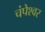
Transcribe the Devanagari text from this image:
चंपेश्वर